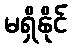
မရှိနိုင်